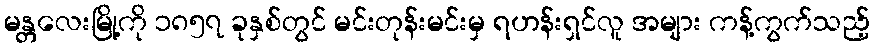
မန္တလေးမြို့ကို ၁၈၅၇ ခုနှစ်တွင် မင်းတုန်းမင်းမှ ရဟန်းရှင်လူ အများ ကန့်ကွက်သည့်